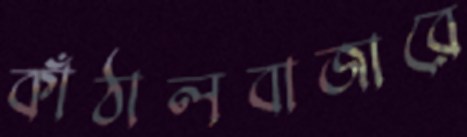
কাঁঠালবাজারে